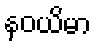
နဝယိမာ